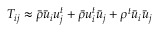
T _ { i j } \approx \bar { \rho } \bar { u } _ { i } u _ { j } ^ { t } + \bar { \rho } u _ { i } ^ { t } \bar { u } _ { j } + \rho ^ { t } \bar { u } _ { i } \bar { u } _ { j }